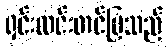
ရှင်းလင်းတင်ပြသည်